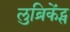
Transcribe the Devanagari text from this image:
लुब्रिकेंट्स